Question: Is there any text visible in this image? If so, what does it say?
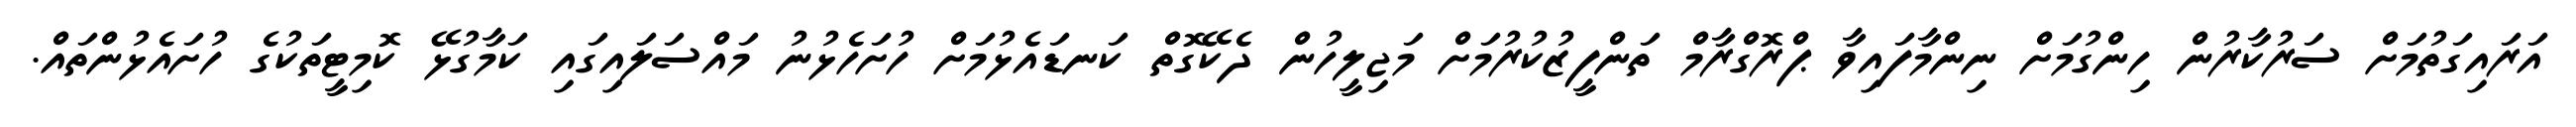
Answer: އަރައިގަތުމަށް ސަރުކާރުން ހިންގުމަށް ނިންމާފައިވާ ޕްރޮގްރާމް ތަންފީޒުކުރުމަށް މަޖިލީހުން ދެކޭގޮތް ކަނޑައެޅުމަށް ހުށަހެޅުނު މައްސަލައިގައި ކަމާގުޅޭ ކޮމިޓީތަކުގެ ހުށައެޅުންތައް.